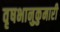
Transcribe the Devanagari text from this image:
वृषभानुकुमारी